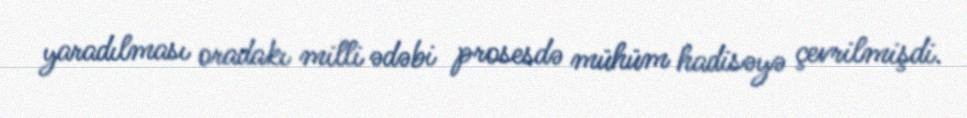
yaradılması oradakı milli ədəbi prosesdə mühüm hadisəyə çevrilmişdi.